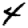
Digit: 4